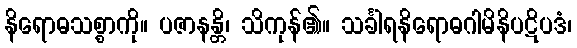
နိရောဓသစ္စာကို။ ပဇာနန္တိ၊ သိကုန်၏။ သင်္ခါရနိရောဓဂါမိနိပဋိပဒံ၊